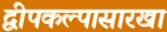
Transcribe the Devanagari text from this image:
द्वीपकल्पासारखा